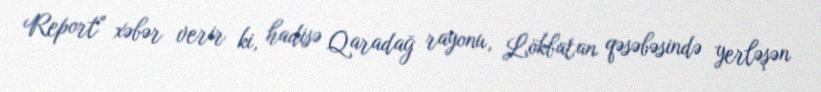
Report" xəbər verir ki, hadisə Qaradağ rayonu, Lökbatan qəsəbəsində yerləşən